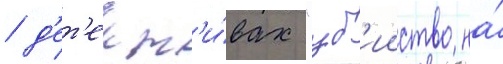
/ д'ет'ект'и́вах "уб'ииство на́